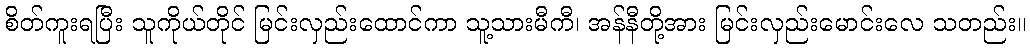
စိတ်ကူးရပြီး သူကိုယ်တိုင် မြင်းလှည်းထောင်ကာ သူ့သားမီကီ၊ အန်နီတို့အား မြင်းလှည်းမောင်းလေ သတည်း။